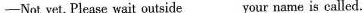
—Not yet. Please wait outside___your name is called.